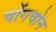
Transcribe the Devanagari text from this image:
चोंगचोन